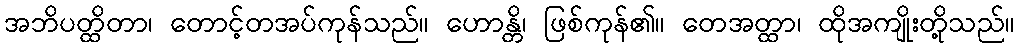
အဘိပတ္ထိတာ၊ တောင့်တအပ်ကုန်သည်။ ဟောန္တိ၊ ဖြစ်ကုန်၏။ တေအတ္ထာ၊ ထိုအကျိုးတို့သည်။